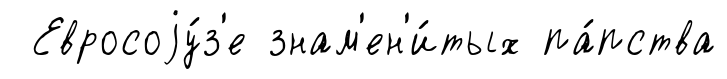
Евросоjу́з'е знам'ен'и́тых па́пства